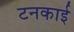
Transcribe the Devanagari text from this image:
टनकाई